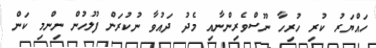
ހައްޔަރު ކުރި ހުރިހާ ނޫސްވެރިންނާއި މެދު ދައުވާ ނުކުރަން ފުލުހުން ނިންމި ކަން